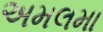
અમલમા